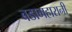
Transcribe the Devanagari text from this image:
बडामहारानी